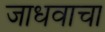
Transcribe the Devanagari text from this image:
जाधवाचा